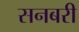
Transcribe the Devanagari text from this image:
सनबरी